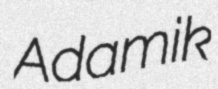
Adamik